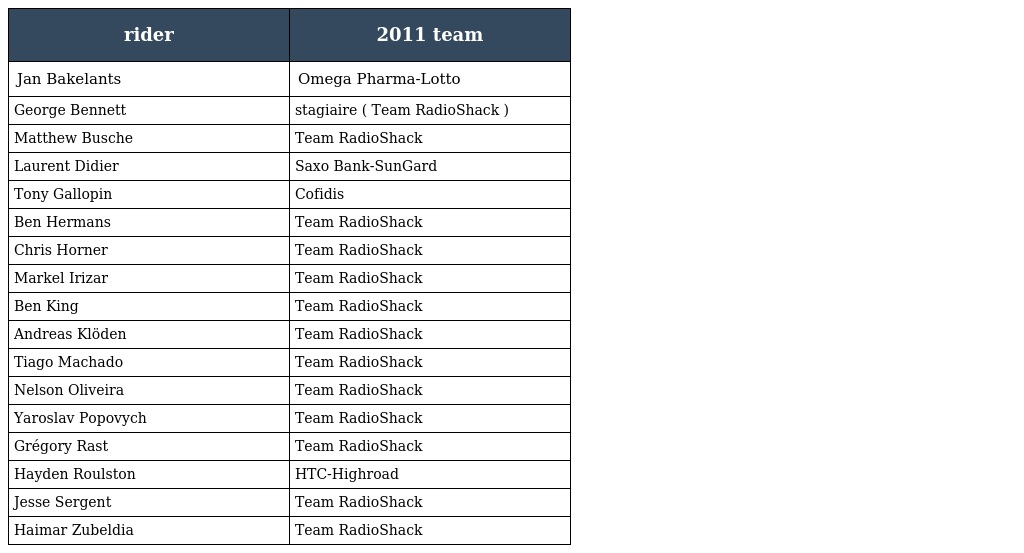
| rider | 2011 team |
 | --- | --- |
 | Jan Bakelants | Omega Pharma-Lotto |
 | George Bennett | stagiaire ( Team RadioShack ) |
 | Matthew Busche | Team RadioShack |
 | Laurent Didier | Saxo Bank-SunGard |
 | Tony Gallopin | Cofidis |
 | Ben Hermans | Team RadioShack |
 | Chris Horner | Team RadioShack |
 | Markel Irizar | Team RadioShack |
 | Ben King | Team RadioShack |
 | Andreas Klöden | Team RadioShack |
 | Tiago Machado | Team RadioShack |
 | Nelson Oliveira | Team RadioShack |
 | Yaroslav Popovych | Team RadioShack |
 | Grégory Rast | Team RadioShack |
 | Hayden Roulston | HTC-Highroad |
 | Jesse Sergent | Team RadioShack |
 | Haimar Zubeldia | Team RadioShack |